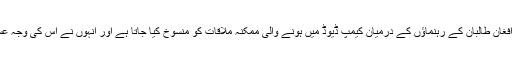
واضح رہے کہ گزشتہ ہفتے امریکی صدر ڈونلڈ ٹرمپ نے اعلان کیا تھا کہ ان کے اور افغان طالبان کے رہنماؤں کے درمیان کیمپ ڈیوڈ میں ہونے والی ممکنہ ملاقات کو منسوخ کیا جاتا ہے اور انہوں نے اس کی وجہ عسکریت پسندوں کی جانب سے حالیہ حملے میں امریکی فوجی کی ہلاکت کو قرار دیا تھا۔